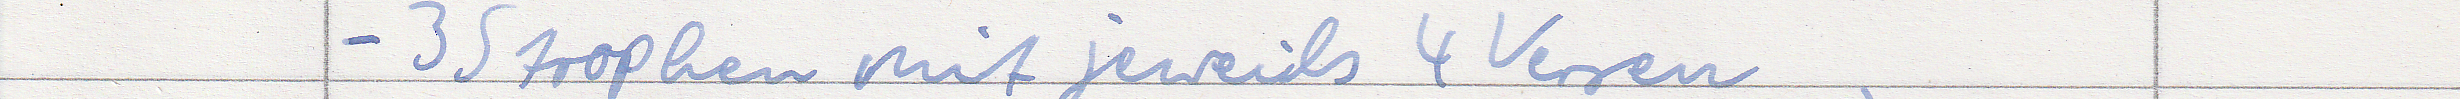
- 3 Strophen mit jeweils 4 Versen